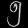
Digit: ၅